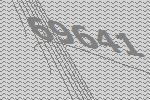
69641